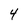
Character: 4